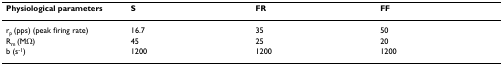
| Physiological parameters | S | FR | FF |
 | --- | --- | --- | --- |
 | rp (pps) (peak firing rate) | 16.7 | 35 | 50 |
 | Rm (MΩ) | 45 | 25 | 20 |
 | b (s-1) | 1200 | 1200 | 1200 |